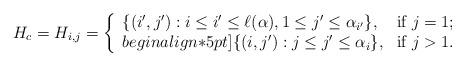
LaTeX: \begin{align*}H_c =H_{i,j}= \left\{ \begin{array}{ll} {\{(i',j'):i\leq i'\leq \ell(\alpha), 1\leq j'\leq \alpha_{i'}\}}, &\mbox{if $j=1$;} \\begin{align*}5pt] {\{(i,j'):j\leq j'\leq \alpha_i\}}, &\mbox{if $j>1$.} \end{array} \right.\end{align*}